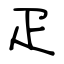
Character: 疋